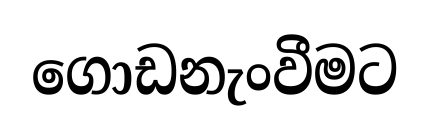
ගොඩනැංවීමට